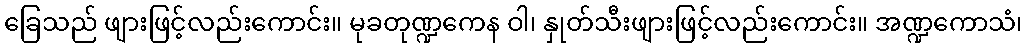
ခြေသည် ဖျားဖြင့်လည်းကောင်း။ မုခတုဏ္ဍကေန ဝါ၊ နှုတ်သီးဖျားဖြင့်လည်းကောင်း။ အဏ္ဍကောသံ၊